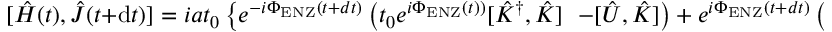
[ \hat { H } ( t ) , \hat { J } ( t + \mathrm { d } t ) ] = i a t _ { 0 } \left\{ e ^ { - i \Phi _ { \mathrm { E N Z } } ( t + d t ) } \left( t _ { 0 } e ^ { i \Phi _ { \mathrm { E N Z } } ( t ) ) } [ \hat { K } ^ { \dag } , \hat { K } ] \right. \right. \left. \left. - [ \hat { U } , \hat { K } ] \right) + e ^ { i \Phi _ { \mathrm { E N Z } } ( t + d t ) } \left( [ \hat { U } , \hat { K } ^ { \dag } ] - t _ { 0 } e ^ { - i \Phi _ { \mathrm { E N Z } } ( t ) } [ \hat { K } , \hat { K } ^ { \dag } ] \right) \right\} ,